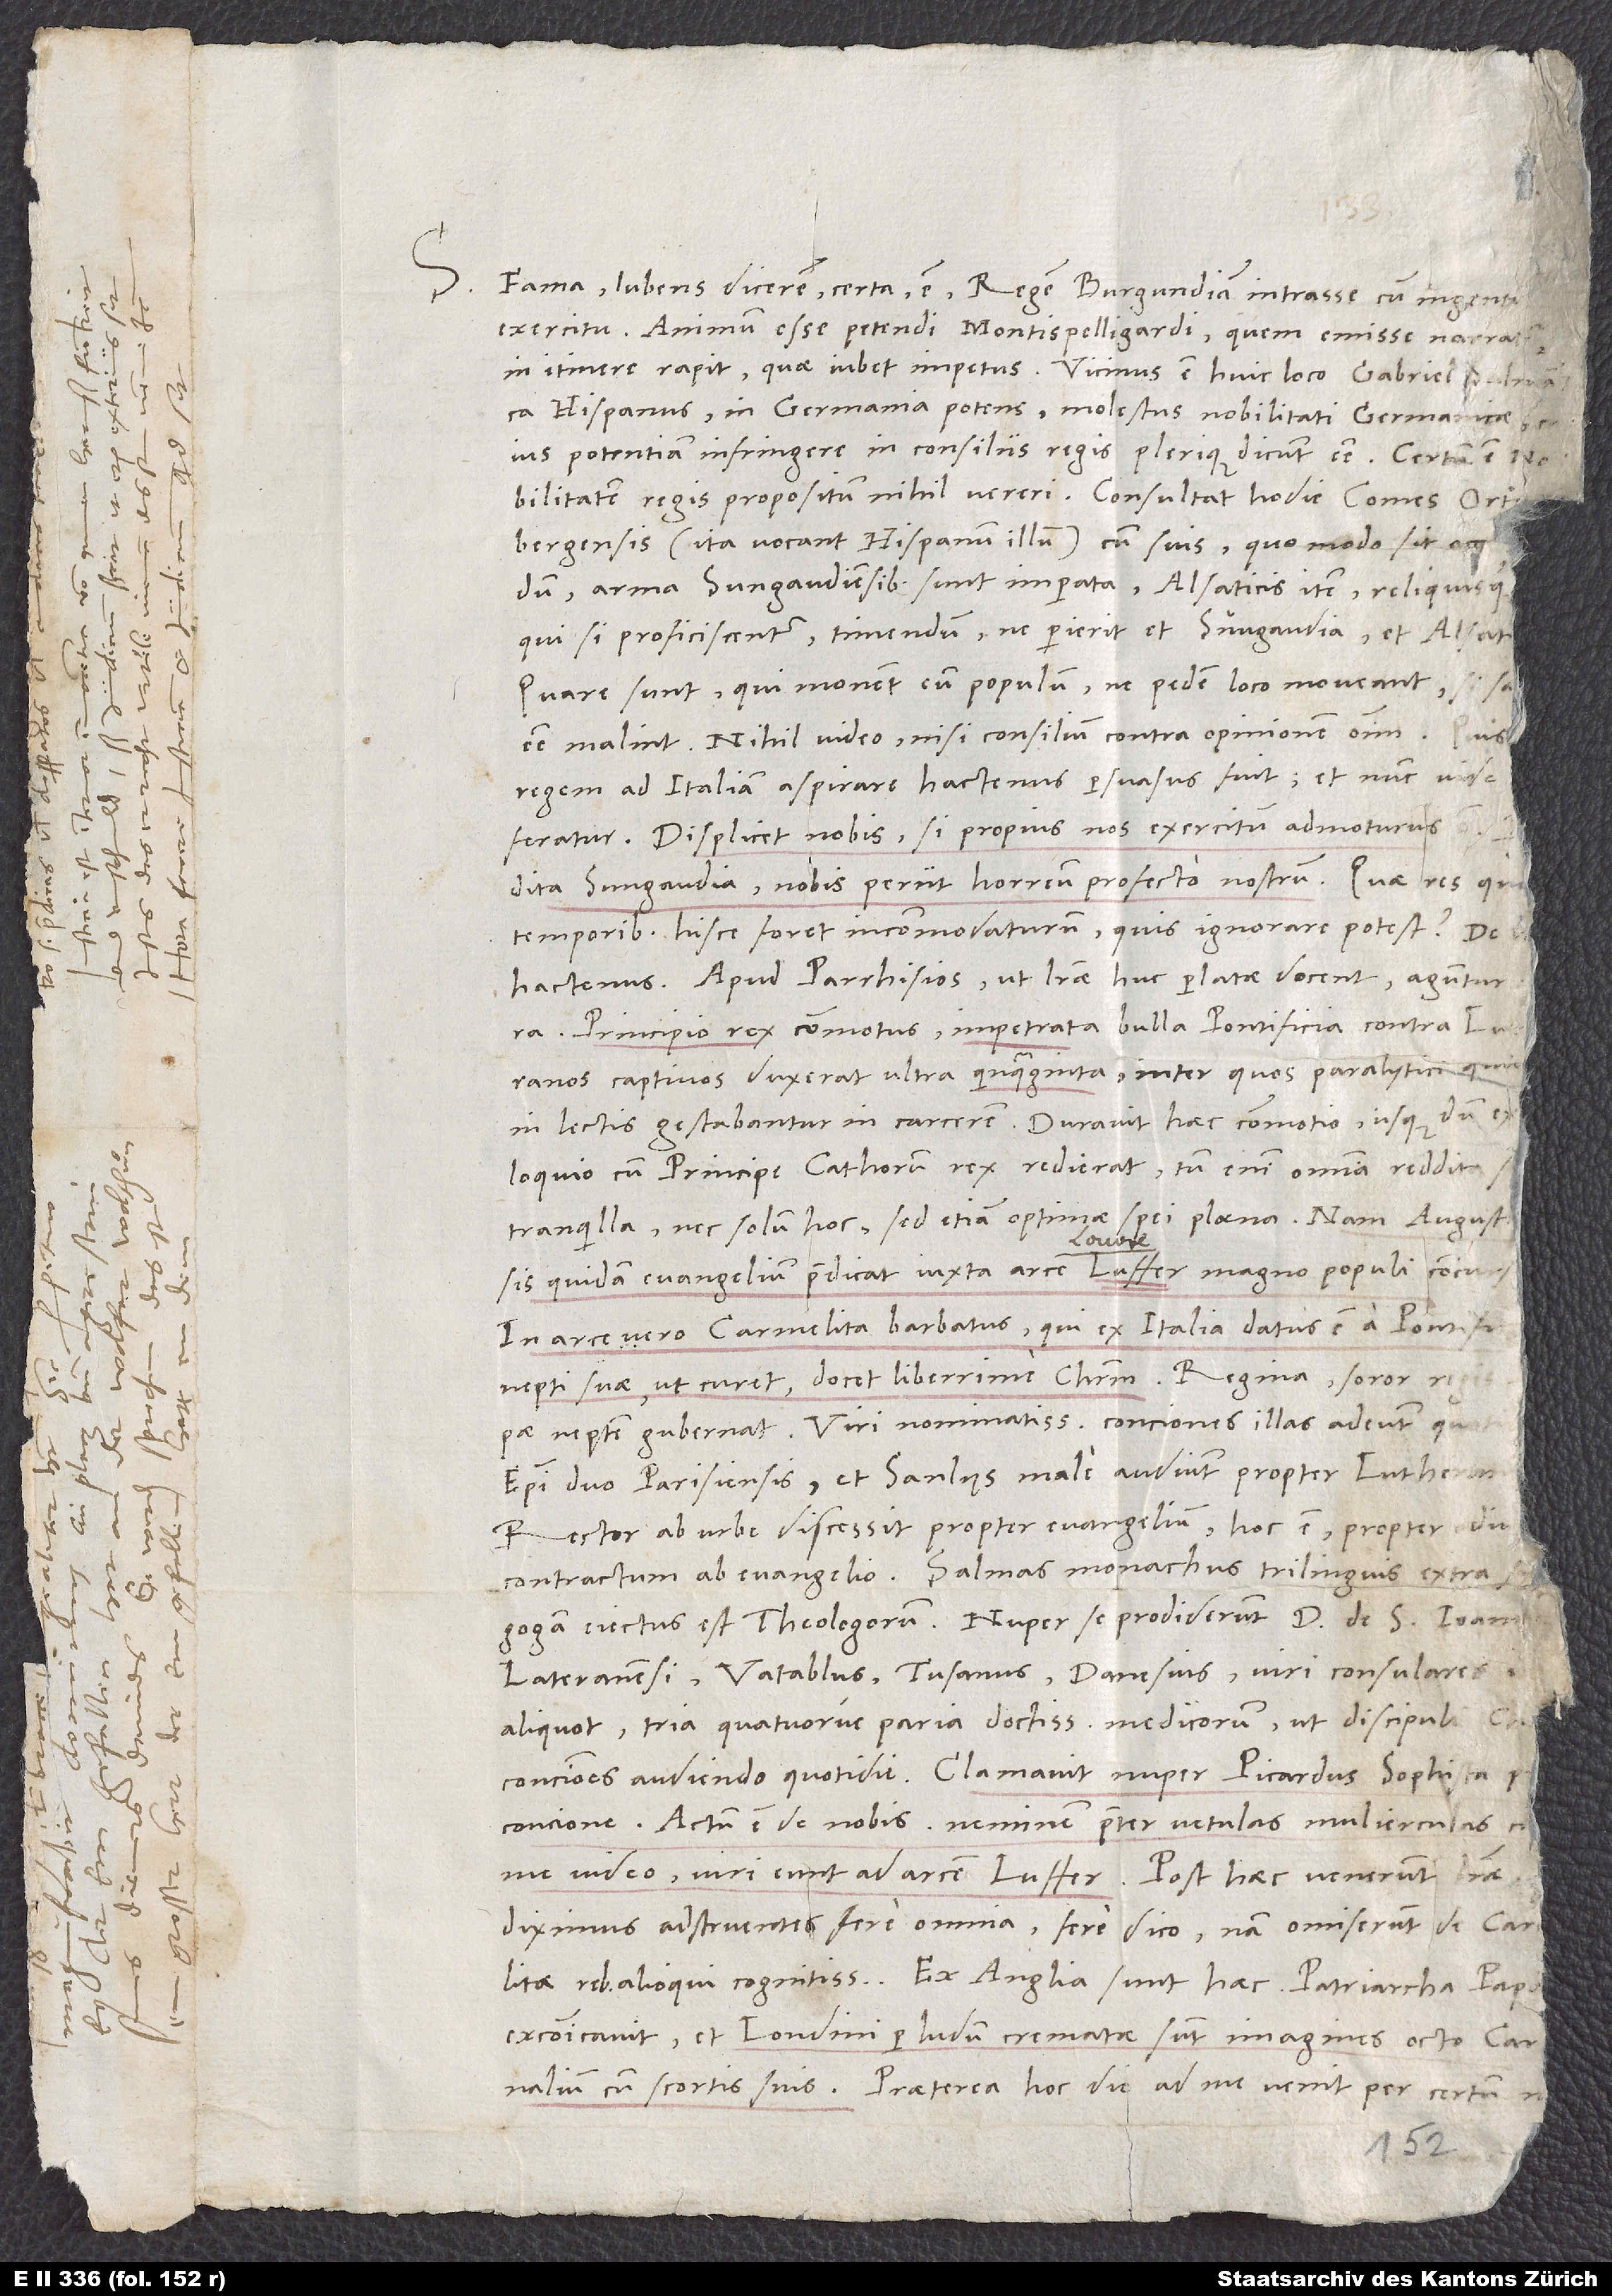
S. Fama, lubens dicerem certa, est regem Burgundiam intrasse cum ingenti
exercitu. Animum esse petendi Montispelligardi, quem emisse narratur;
in itinere rapit, quae iubet impetus. Vicinus est huic loco Gabriel Salmanca
Hispanus, in Germania potens, molestus nobilitati Germanicae, cuius
potentiam infringere in consiliis regis plerique dicunt esse. Certum est
nobilitatem regis propositum nihil vereri. Consultat hodie comes Ortenbergensis
(ita vocant Hispanum illum) cum suis, quo modo sit occurrendum.
Arma Sungaudiensibus sunt imperata, Alsaticis item reliquisque.
Qui si proficiscentur, timendum, ne perierit et Sungaudia et Alsatia.
Quare sunt, qui monent eum populum, ne pedem loco moveant, si salvi
esse malint. Nihil video nisi consilium contra opinionem omnium. Quis
regem ad Italiam aspirare hactenus persuasus fuit? Et nunc vide,
feratur. Displicet nobis, si propius nos exercitum admoturus
Perdita Sungaudia nobis periit horreum profecto nostrum. Quae res quam
temporibus hisce foret incommodaturum, quis ignorare potest? De
Apud Parrhisios, ut literae huc perlatae docent, aguntur
Principio rex commotus impetrata bulla pontificia contra Lutheranos
captivos duxerat ultra quinquaginta, inter quos paralytici quidam
in lectis gestabantur in carcerem. Duravit haec commotio, usque dum ex
colloquio cum principe Cathorum rex redierat. Tum enim omnia reddita
tranquilla, nec solum hoc, sed etiam optimae spei plaena. Nam Augustinensis
quidam evangelium praedicat iuxta arcem Luffer magno populi concursu.
In arce vero Carmelita barbatus, qui ex Italia datus est a pontifice
nepti suae, ut curet, docet liberrime Christum. Regina, soror regis,
neptem gubernat. Viri nominatissimi conciones illas adeunt quotidie.
Episcopi duo, Parisiensis et Sanlius male audiunt, propter Lutheranismum.
Rector ab urbe discessit propter evangelium, hoc est propter odium
contractum ab evangelio. Salinas, monachus trilinguis, extra
synagogam eiectus est theologorum. Nuper se prodiderunt D. de S. Ioanne
Lateranensi, Vatablus, Tusanus, Danesius, viri consulares
aliquot, tria quatuorve paria doctissimorum medicorum ut discipuli Christi
conciones audiendo quotidie. Clamavit nuper Picardus sophista
concione: «Actum est de nobis. Neminem praeter vetulas mulierculas circum
me video. Viri eunt ad arcem Luffer.» Post haec venerunt literae,
diximus, adstruentes fere omnia. «Fere» dico; nam 35 omiserunt de Carmelitae
excommunicavit, et Londini per ludum crematae sunt imagines octo cardinalium